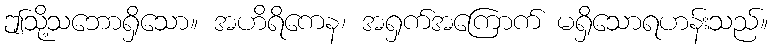
ဤသို့သဘောရှိသော။ အဟိရိကေန၊ အရှက်အကြောက် မရှိသောရဟန်းသည်။